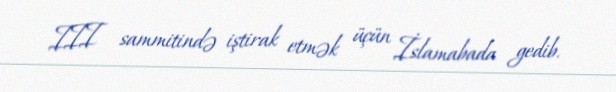
III sammitində iştirak etmək üçün İslamabada gedib.